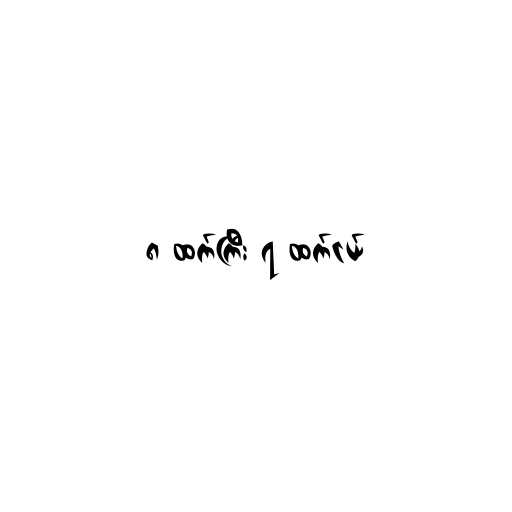
၈ ထက်ကြီး ၇ ထက်ငယ်